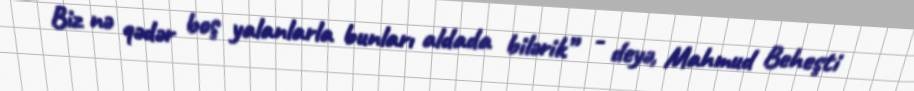
Biz nə qədər boş yalanlarla bunları aldada bilərik” - deyə, Mahmud Beheşti